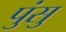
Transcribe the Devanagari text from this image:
पुंसु